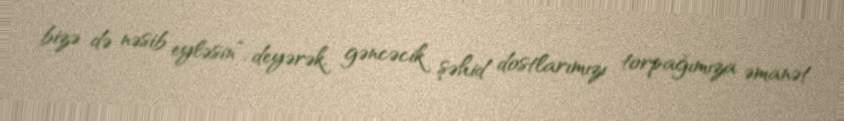
bizə də nəsib eyləsin”, deyərək, gəncəcik şəhid dostlarımızı torpağımıza əmanət